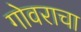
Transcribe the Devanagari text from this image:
गोवराचा